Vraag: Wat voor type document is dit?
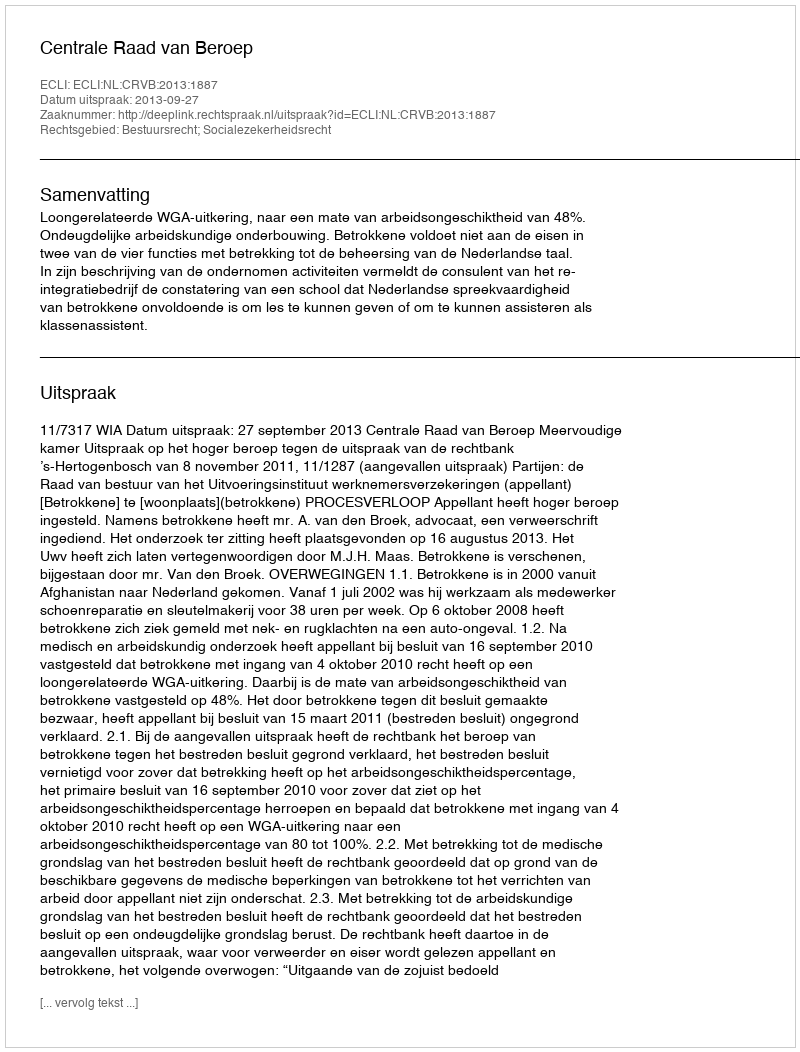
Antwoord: Uitspraak